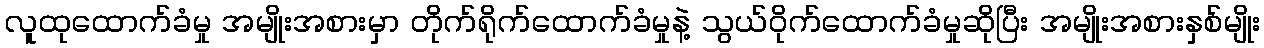
လူထုထောက်ခံမှု အမျိုးအစားမှာ တိုက်ရိုက်ထောက်ခံမှုနဲ့ သွယ်ဝိုက်ထောက်ခံမှုဆိုပြီး အမျိုးအစားနှစ်မျိုး